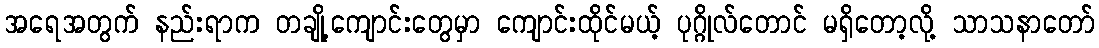
အရေအတွက် နည်းရာက တချို့ကျောင်းတွေမှာ ကျောင်းထိုင်မယ့် ပုဂ္ဂိုလ်တောင် မရှိတော့လို့ သာသနာတော်